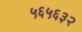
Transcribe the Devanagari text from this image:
५६५६३२